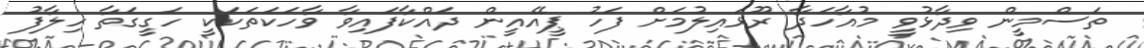
ތަސްމީން ވިދާޅުވީ މުއާހަދާ ރޫޅައިލުމަށް ފަހު ޕީއޭއީން ދައްކާފައިވާ ވާހަކަތަކަކީ ހަގީގަތާ ހިލާފު